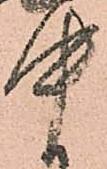
中